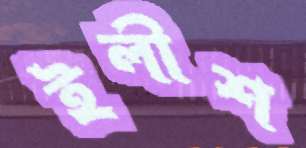
ইলীশ